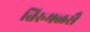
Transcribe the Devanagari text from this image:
तिरुमळसै